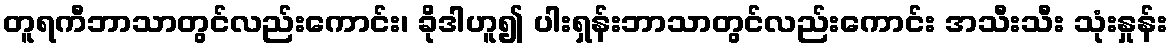
တူရကီဘာသာတွင်လည်းကောင်း၊ ခိုဒါဟူ၍ ပါးရှန်းဘာသာတွင်လည်းကောင်း အသီးသီး သုံးနှုန်း